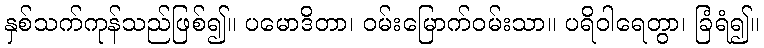
နှစ်သက်ကုန်သည်ဖြစ်၍။ ပမောဒိတာ၊ ဝမ်းမြောက်ဝမ်းသာ။ ပရိဝါရေတွာ၊ ခြံရံ၍။